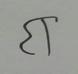
Signature authenticity: forged